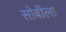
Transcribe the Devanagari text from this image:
सोबीला